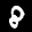
Label: 8